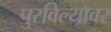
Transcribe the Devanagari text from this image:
पुरविल्यावर